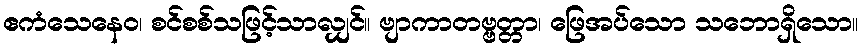
ဧကံသေနေဝ၊ စင်စစ်သဖြင့်သာလျှင်။ ဗျာကာတဗ္ဗတ္တာ၊ ဖြေအပ်သော သဘောရှိသော။